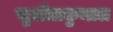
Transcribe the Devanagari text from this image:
सुशीलकुमाल